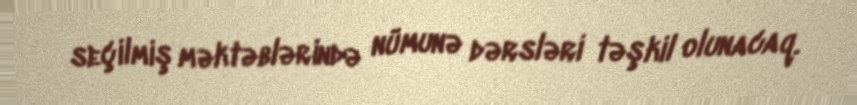
seçilmiş məktəblərində nümunə dərsləri təşkil olunacaq.